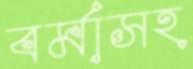
বর্মাসহ